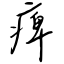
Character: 痺